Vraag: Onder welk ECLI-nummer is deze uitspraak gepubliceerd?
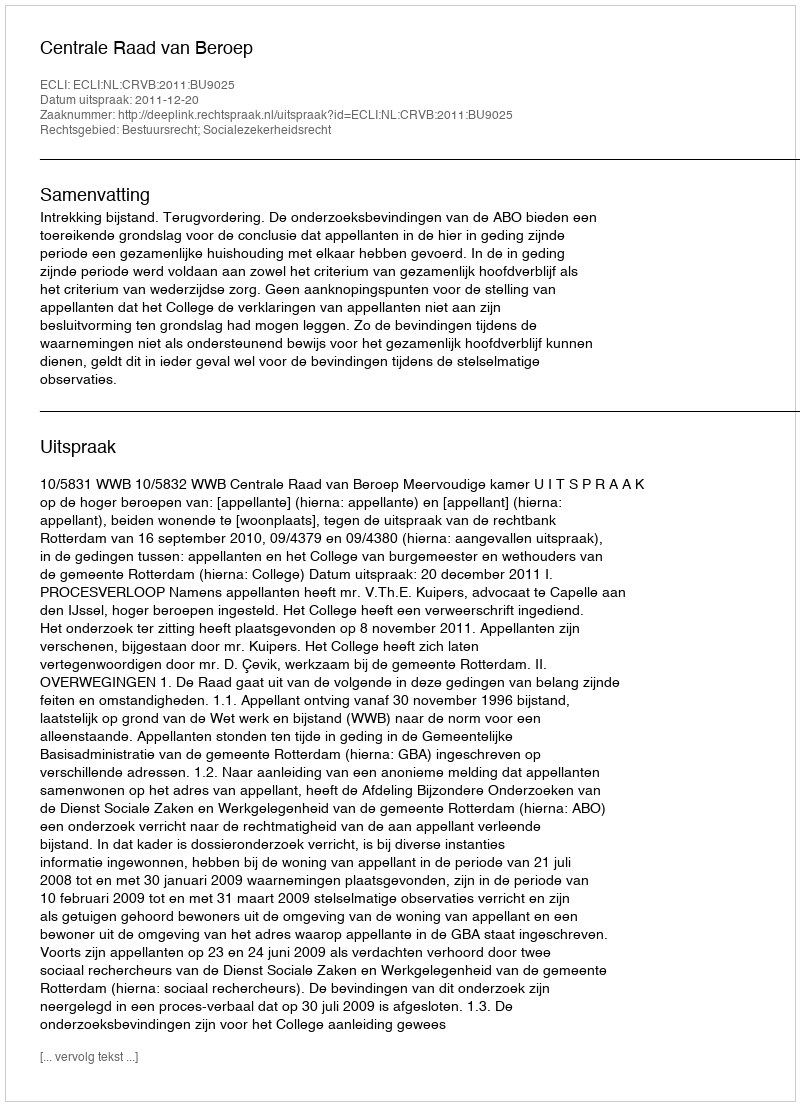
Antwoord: ECLI:NL:CRVB:2011:BU9025